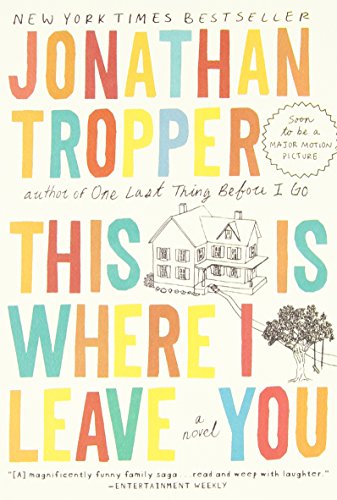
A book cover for This Is Where I Leave You: A Novel; Jonathan Tropper; Literature & Fiction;